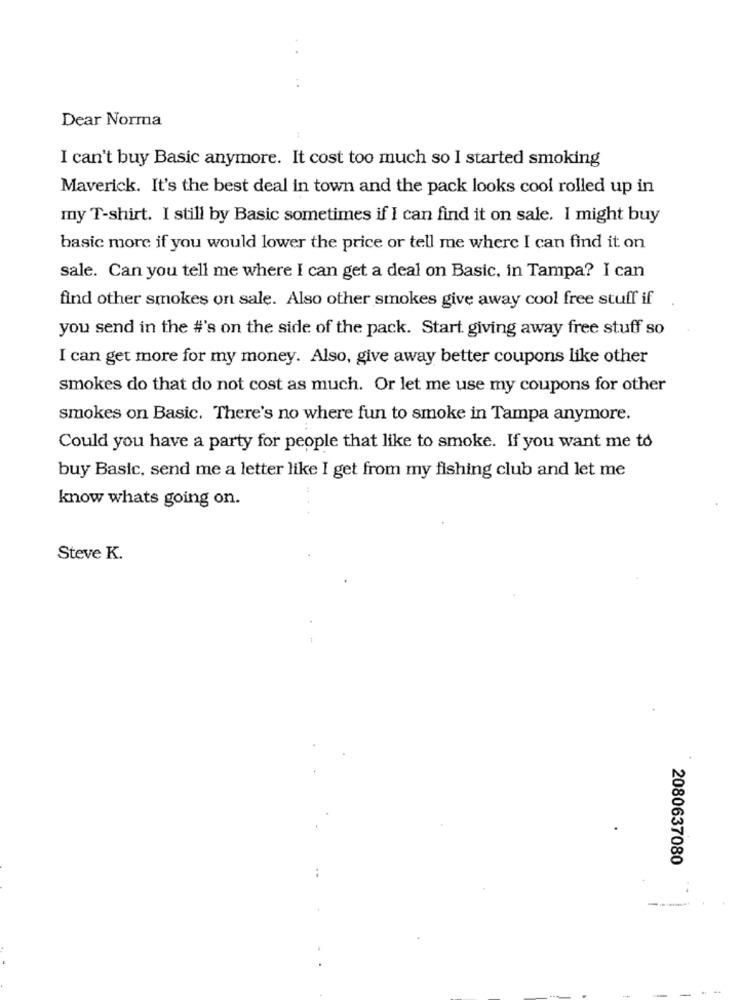
Dear Norma
I can't buy Basic anymore. It cost too much so I started smoking
Maverick. It's the best deal in town and the pack looks cool rolled up in
my T-shirt. I still by Basic sometimes if I can find it on sale. I might buy
basic more if you would lower the price or tell me where I can find it on
sale. Can you tell me where I can get a deal on Basic, in Tampa? I can
find other smokes on sale. Also other smokes give away cool free stuff if
you send in the #'s on the side of the pack. Start giving away free stuff so
I can get more for my money. Also, give away better coupons like other
smokes do that do not cost as much. Or let me use my coupons for other
smokes on Basic. There's no where fun to smoke in Tampa anymore.
Could you have a party for people that like to smoke. If you want me to
buy Basic, send me a letter like I get from my fishing club and let me
know whats going on.
Steve K.
2080637080